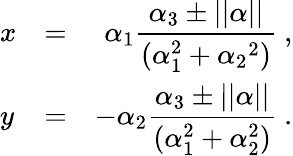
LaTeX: \begin{array}{lcr}{{x}}&{{=}}&{{\alpha_{1}\displaystyle\frac{\alpha_{3}\pm||\alpha||}{(\alpha_{1}^{2}+\alpha_{2}{}^{2})}\ ,}}\\ {{y}}&{{=}}&{{\displaystyle-\alpha_{2}\frac{\alpha_{3}\pm||\alpha||}{(\alpha_{1}^{2}+\alpha_{2}^{2})}\ .}}\end{array}